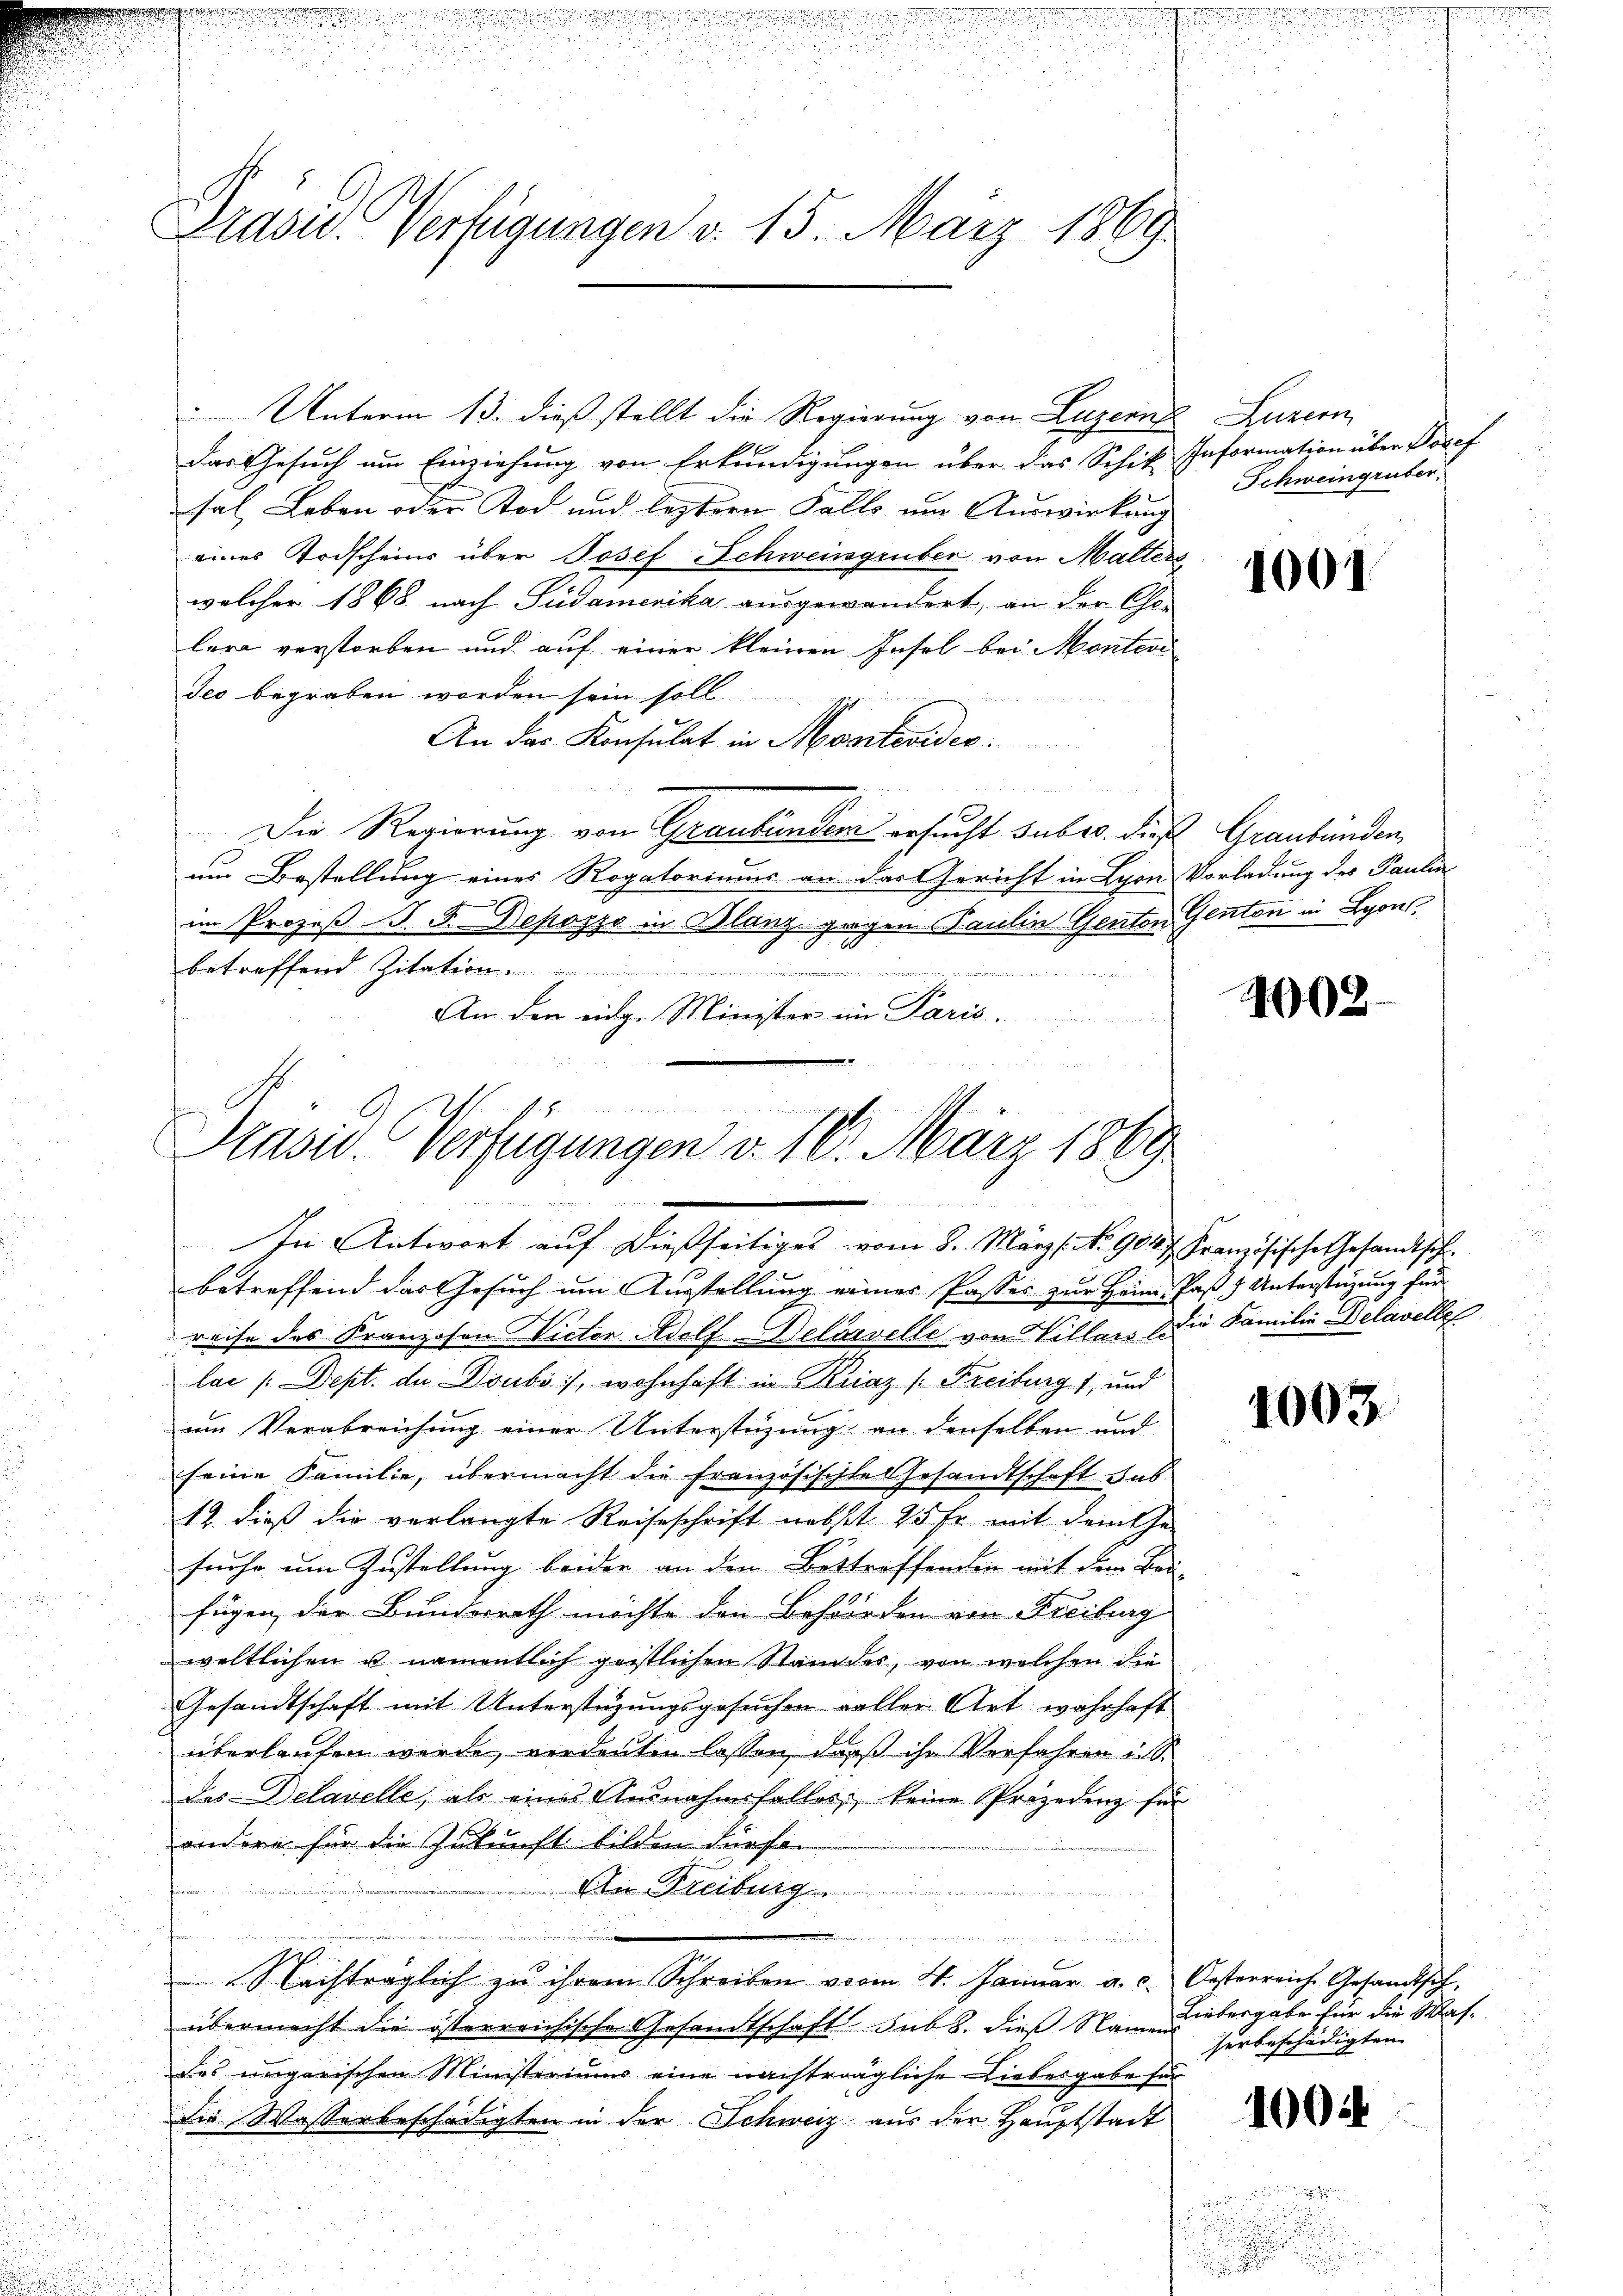
Präsid.. Verfügungen d. 15. März 1869

Unterm 13. dieß stellt die Regierung von Luzern
Das Gesuch um Einziehung von Erkundigungen über das Schik Information über Josef
sal Leben oder Tod und leztern Falls um Auswirkung
eines Todscheins über Josef Schweingruber von Malters
welcher 1868 nach Südamerika ausgewandert, an der Cho-
lera verstorben und auf einer kleinen Insol bei Montevi
Jeo begraben worden sein soll
An das Konsulat in Montevides.

Die Regierung von Graubünder ersucht suber dies Graubünden,
um Bestellung eines Rogatoriums an das Gericht in Lyon Vorladung des Paulin
im Prozeß P. F. Depozzo in Blanz gegen Paulin Genton Gluten in Lyon,
betreffend Zitation
n
dizinen neuen und ein
An den eidg. Minister im Paris.
a

Prasiv. Verfügungen v. 16. März 1869
demeinden
In Antwort auf dießseitiges vom 8. März. No. 904. Französische Gesandtsch.

.

Luzern
Schweingruber.

betreffend das Gesuch um Ausstellung einer Pastes zur Heim Paß & Unterstützung für
reise des Kranzosen Victer Adolf Delörvelle von Villars die Familie Delavelle
lai (Dept. de Doubo, wohnhaft in Kraz (Freiburg 1, und
um Verabreichung einer Unterstüzung an denselben und
seine Familie, übermacht die Französischte Gesandtschaft zus
12. dieß die verlangte Reiseschrift nebst 25 fr. mit dem Ehe-
suche um Zustellung beider an den Bettreffenden mit dem Bau-
fügen der Bunderrath möchte den Behörden von Freiburg
weltlichen u. namentlich geistlichen Standes, von welchen die
Gesandtschaft mit Unterstützungsgesuchen voller Art wahrhaft
überlaufen werde, verdeuten lassen, daß ihr Verfahren in S
des Delavelle, als eines Ausnahmsfalles, keine Prozedenz für
andere für die Zukunft bilden dürfen
An Freiburg
e
e
Nachträglich zu ihrem Schreiben vom 4. Januar a. d. Oesterreich. Gesandtsch,
übermacht die österreichische Gesandtschaft sub 8. dieß Namens
des ungarischen Ministeriums eine nachträgliche Liebesgabe für
die Wasserbeschädigten in der Schweiz aus der Hauptstadt

1001.

1002.

1003.

Liebesgabe für die Wafherbeschädigten |

1004

u
.
u